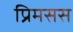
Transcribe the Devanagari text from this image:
प्रिमसस